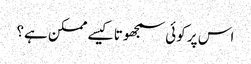
اس پر کوئی سمجھوتا کیسے ممکن ہے؟